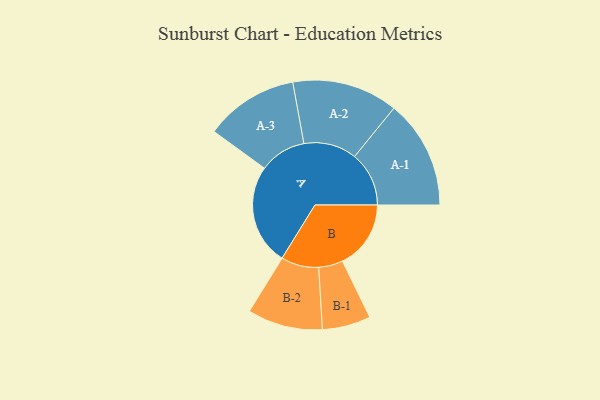
{"axis": {"x": "Segment", "y": "Value"}, "legend": ["", "A", "B"], "data": [{"x": "A", "y": 488, "type": ""}, {"x": "B", "y": 331, "type": ""}, {"x": "A-1", "y": 263, "type": "A"}, {"x": "A-2", "y": 256, "type": "A"}, {"x": "A-3", "y": 226, "type": "A"}, {"x": "B-1", "y": 117, "type": "B"}, {"x": "B-2", "y": 182, "type": "B"}]}